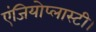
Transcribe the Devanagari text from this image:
एंजियोप्लास्टी।